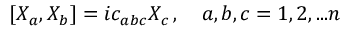
[ X _ { a } , X _ { b } ] = i c _ { a b c } X _ { c } \, , \quad a , b , c = 1 , 2 , . . . n